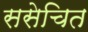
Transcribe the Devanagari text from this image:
ससेचित